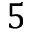
5